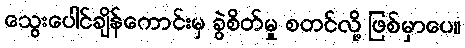
သွေးပေါင်ချိန်ကောင်းမှ ခွဲစိတ်မှု စတင်လို့ ဖြစ်မှာပေ။